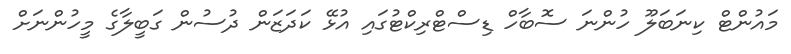
މައުންޓް ކިނަބަލޫ ހުންނަ ސޮބާހް ޑިސްޓްރިކްޓުގައި އުޅޭ ކަދަޒަން ދުސުން ގަބީލާގެ މީހުންނަށް